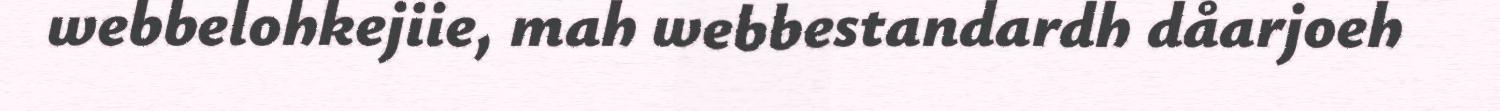
webbelohkejiie, mah webbestandardh dåarjoeh